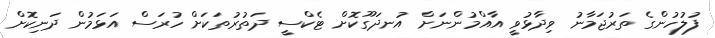
ފުލުހުންގެ ތަރުޖަމާނު ވިދާޅުވީ އާއްމުންނަށް އުނދަގޫކޮށް ޓެކްސީ ދަތުރުތަކަށް ހުރަސް އަޅަމުން ދަނިކޮށް